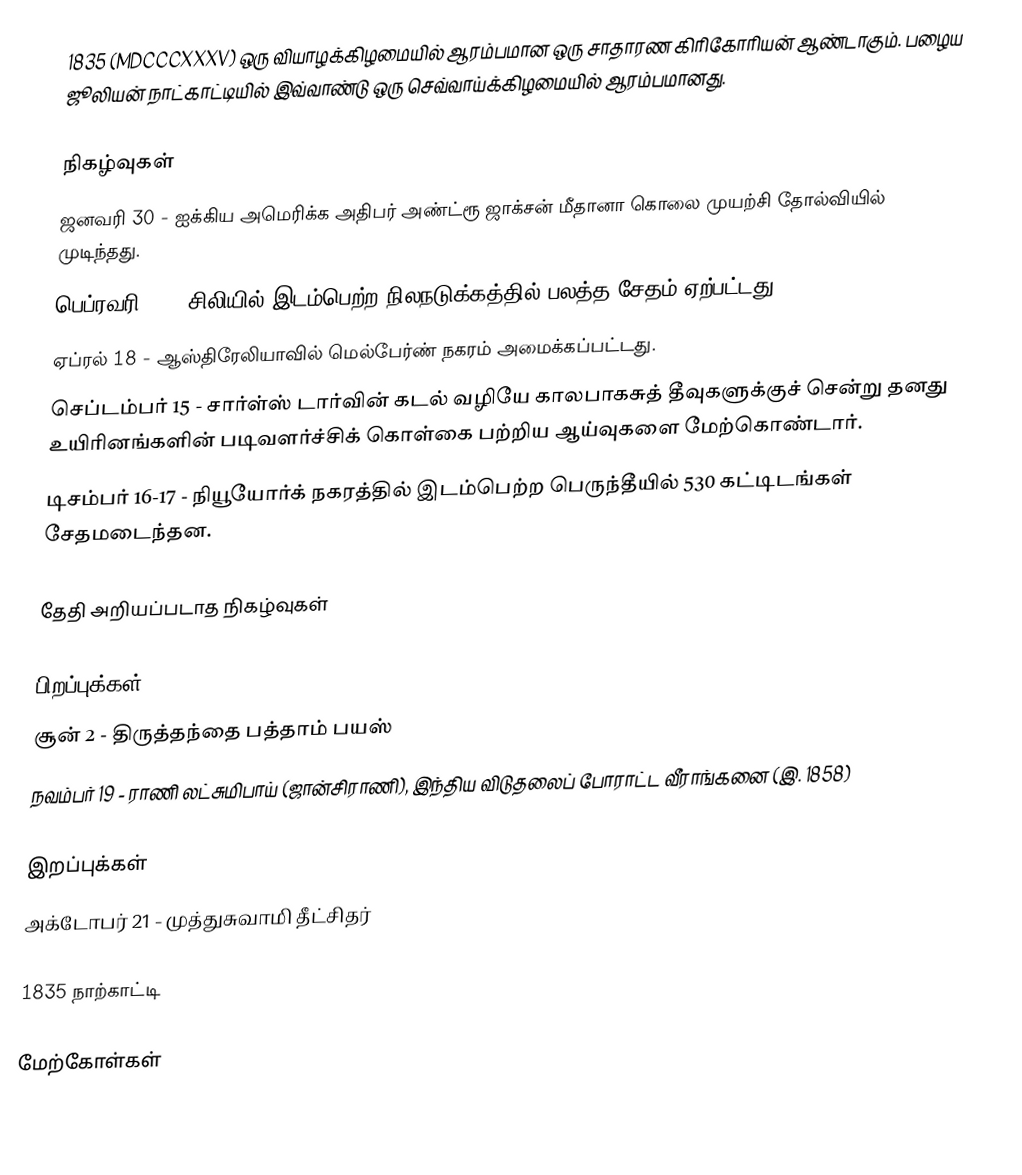
1835  (MDCCCXXXV) ஒரு வியாழக்கிழமையில் ஆரம்பமான ஒரு சாதாரண கிரிகோரியன் ஆண்டாகும். பழைய ஜூலியன் நாட்காட்டியில் இவ்வாண்டு ஒரு செவ்வாய்க்கிழமையில் ஆரம்பமானது.

நிகழ்வுகள்
 ஜனவரி 30 - ஐக்கிய அமெரிக்க அதிபர் அண்ட்ரூ ஜாக்சன் மீதானா கொலை முயற்சி தோல்வியில் முடிந்தது.
 பெப்ரவரி 20 - சிலியில் இடம்பெற்ற நிலநடுக்கத்தில் பலத்த சேதம் ஏற்பட்டது.
 ஏப்ரல் 18 - ஆஸ்திரேலியாவில் மெல்பேர்ண் நகரம் அமைக்கப்பட்டது.
 செப்டம்பர் 15 - சார்ள்ஸ் டார்வின் கடல் வழியே காலபாகசுத் தீவுகளுக்குச் சென்று தனது உயிரினங்களின் படிவளர்ச்சிக் கொள்கை பற்றிய ஆய்வுகளை மேற்கொண்டார்.
 டிசம்பர் 16-17 - நியூயோர்க் நகரத்தில் இடம்பெற்ற பெருந்தீயில் 530 கட்டிடங்கள் சேதமடைந்தன.

தேதி அறியப்படாத நிகழ்வுகள்

பிறப்புக்கள்
 சூன் 2 - திருத்தந்தை பத்தாம் பயஸ்
 நவம்பர் 19 - ராணி லட்சுமிபாய் (ஜான்சிராணி), இந்திய விடுதலைப் போராட்ட வீராங்கனை (இ. 1858)

இறப்புக்கள்
 அக்டோபர் 21 - முத்துசுவாமி தீட்சிதர்

1835 நாற்காட்டி

மேற்கோள்கள்